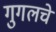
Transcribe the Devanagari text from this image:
गुगलचे